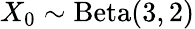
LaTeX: X_{0}\sim\mathrm{Beta}(3,2)